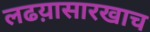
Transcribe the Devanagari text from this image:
लढय़ासारखाच